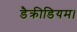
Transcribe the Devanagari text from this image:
डैक्रीडियम।